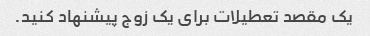
یک مقصد تعطیلات برای یک زوج پیشنهاد کنید.